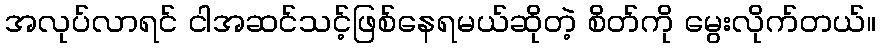
အလုပ်လာရင် ငါအဆင်သင့်ဖြစ်နေရမယ်ဆိုတဲ့ စိတ်ကို မွေးလိုက်တယ်။